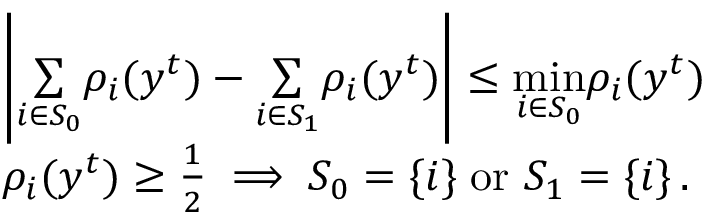
\begin{array} { r l } & { \left| \underset { i \in S _ { 0 } } { \sum } \rho _ { i } ( y ^ { t } ) - \underset { i \in S _ { 1 } } { \sum } \rho _ { i } ( y ^ { t } ) \right| \le \underset { i \in S _ { 0 } } { \operatorname* { m i n } } \rho _ { i } ( y ^ { t } ) } \\ & { \rho _ { i } ( y ^ { t } ) \ge \frac { 1 } { 2 } \implies S _ { 0 } = \{ i \} \; \mathrm { o r ~ } S _ { 1 } = \{ i \} \, . } \end{array}